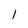
Character: l